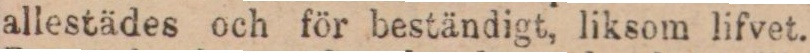
allestädes och för beständigt, liksom lifvet.